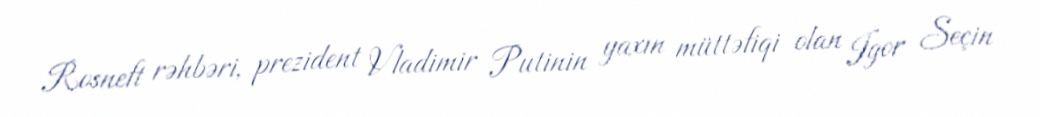
Rosneft rəhbəri, prezident Vladimir Putinin yaxın müttəfiqi olan Igor Seçin